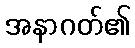
အနာဂတ်၏